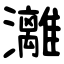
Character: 灕